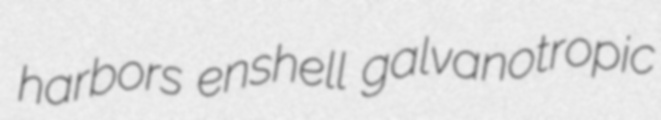
harbors enshell galvanotropic